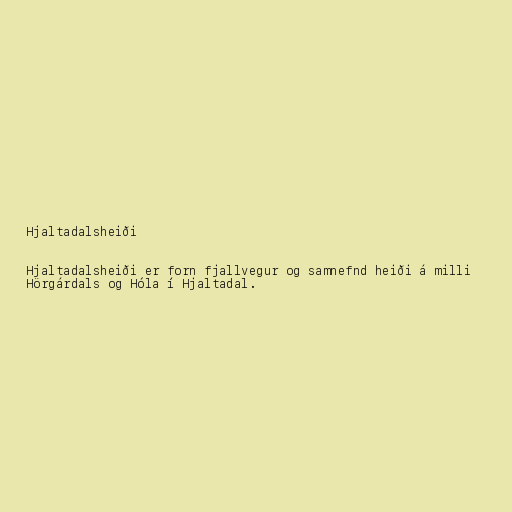
Hjaltadalsheiði

Hjaltadalsheiði er forn fjallvegur og samnefnd heiði á milli
Hörgárdals og Hóla í Hjaltadal.